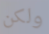
ولكن